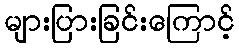
များပြားခြင်းကြောင့်